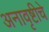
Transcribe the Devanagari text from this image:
अनावृष्टीचे